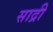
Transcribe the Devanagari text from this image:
साद्री